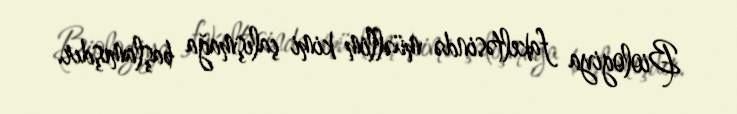
Biologiya fakeltəsində müəllim kimi çalışmağa başlamışdır.